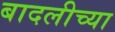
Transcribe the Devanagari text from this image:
बादलीच्या